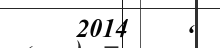
2014